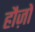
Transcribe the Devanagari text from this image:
हौज़ों